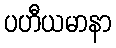
ပဟီယမာနာ